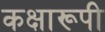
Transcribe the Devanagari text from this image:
कक्षारूपी